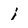
Character: i